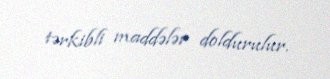
tərkibli maddələr doldurulur.